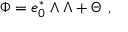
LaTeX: \Phi = e _ { 0 } ^ { * } \wedge \Lambda + \Theta ~ ,